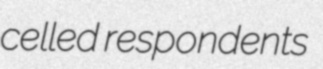
celled respondents